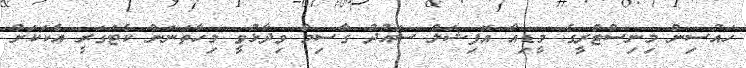
ހައުސިން މިނިސްޓްރީގެ މީޑިއާ އޮފިޝަލް ސައުދު ގާސިމް ވިދާޅުވީ މިހާތަނަން ކެޓަގަރީ އެކަކަށް